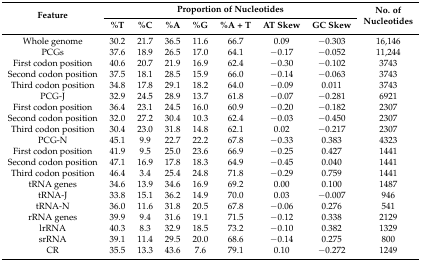
<table><thead><tr><td rowspan="2"><b>Feature</b></td><td colspan="7"><b>Proportion of Nucleotides</b></td><td rowspan="2"><b>No. of Nucleotides</b></td></tr><tr><td><b>%T</b></td><td><b>%C</b></td><td><b>%A</b></td><td><b>%G</b></td><td><b>%A + T</b></td><td><b>AT Skew</b></td><td><b>GC Skew</b></td></tr></thead><tbody><tr><td>Whole genome</td><td>30.2</td><td>21.7</td><td>36.5</td><td>11.6</td><td>66.7</td><td>0.09</td><td>−0.303</td><td>16,146</td></tr><tr><td>PCGs</td><td>37.6</td><td>18.9</td><td>26.5</td><td>17.0</td><td>64.1</td><td>−0.17</td><td>−0.052</td><td>11,244</td></tr><tr><td>First codon position</td><td>40.6</td><td>20.7</td><td>21.9</td><td>16.9</td><td>62.4</td><td>−0.30</td><td>−0.102</td><td>3743</td></tr><tr><td>Second codon position</td><td>37.5</td><td>18.1</td><td>28.5</td><td>15.9</td><td>66.0</td><td>−0.14</td><td>−0.063</td><td>3743</td></tr><tr><td>Third codon position</td><td>34.8</td><td>17.8</td><td>29.1</td><td>18.2</td><td>64.0</td><td>−0.09</td><td>0.011</td><td>3743</td></tr><tr><td>PCG-J</td><td>32.9</td><td>24.5</td><td>28.9</td><td>13.7</td><td>61.8</td><td>−0.07</td><td>−0.281</td><td>6921</td></tr><tr><td>First codon position</td><td>36.4</td><td>23.1</td><td>24.5</td><td>16.0</td><td>60.9</td><td>−0.20</td><td>−0.182</td><td>2307</td></tr><tr><td>Second codon position</td><td>32.0</td><td>27.2</td><td>30.4</td><td>10.3</td><td>62.4</td><td>−0.03</td><td>−0.450</td><td>2307</td></tr><tr><td>Third codon position</td><td>30.4</td><td>23.0</td><td>31.8</td><td>14.8</td><td>62.1</td><td>0.02</td><td>−0.217</td><td>2307</td></tr><tr><td>PCG-N</td><td>45.1</td><td>9.9</td><td>22.7</td><td>22.2</td><td>67.8</td><td>−0.33</td><td>0.383</td><td>4323</td></tr><tr><td>First codon position</td><td>41.9</td><td>9.5</td><td>25.0</td><td>23.6</td><td>66.9</td><td>−0.25</td><td>0.427</td><td>1441</td></tr><tr><td>Second codon position</td><td>47.1</td><td>16.9</td><td>17.8</td><td>18.3</td><td>64.9</td><td>−0.45</td><td>0.040</td><td>1441</td></tr><tr><td>Third codon position</td><td>46.4</td><td>3.4</td><td>25.4</td><td>24.8</td><td>71.8</td><td>−0.29</td><td>0.759</td><td>1441</td></tr><tr><td>tRNA genes</td><td>34.6</td><td>13.9</td><td>34.6</td><td>16.9</td><td>69.2</td><td>0.00</td><td>0.100</td><td>1487</td></tr><tr><td>tRNA-J</td><td>33.8</td><td>15.1</td><td>36.2</td><td>14.9</td><td>70.0</td><td>0.03</td><td>−0.007</td><td>946</td></tr><tr><td>tRNA-N</td><td>36.0</td><td>11.6</td><td>31.8</td><td>20.5</td><td>67.8</td><td>−0.06</td><td>0.276</td><td>541</td></tr><tr><td>rRNA genes</td><td>39.9</td><td>9.4</td><td>31.6</td><td>19.1</td><td>71.5</td><td>−0.12</td><td>0.338</td><td>2129</td></tr><tr><td>lrRNA</td><td>40.3</td><td>8.3</td><td>32.9</td><td>18.5</td><td>73.2</td><td>−0.10</td><td>0.382</td><td>1329</td></tr><tr><td>srRNA</td><td>39.1</td><td>11.4</td><td>29.5</td><td>20.0</td><td>68.6</td><td>−0.14</td><td>0.275</td><td>800</td></tr><tr><td>CR</td><td>35.5</td><td>13.3</td><td>43.6</td><td>7.6</td><td>79.1</td><td>0.10</td><td>−0.272</td><td>1249</td></tr></tbody></table>